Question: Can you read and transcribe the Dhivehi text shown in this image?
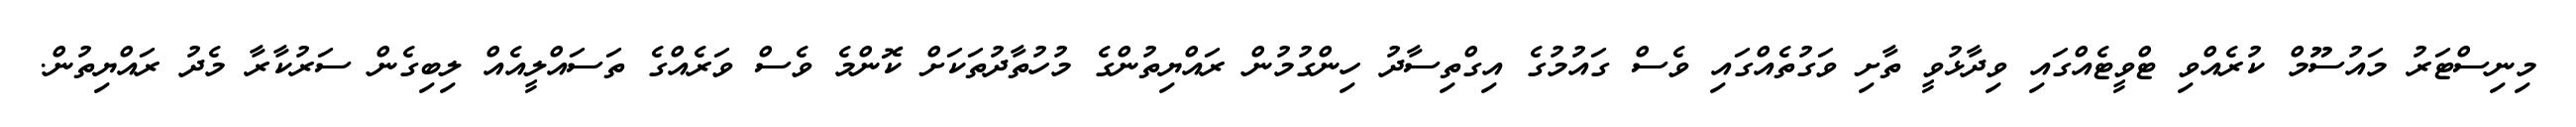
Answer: މިނިސްޓަރު މައުސޫމް ކުރެއްވި ޓްވީޓެއްގައި ވިދާޅުވީ ތާށި ވަގުތެއްގައި ވެސް ގައުމުގެ އިގްތިސާދު ހިންގުމުން ރައްޔިތުންގެ މުހުތާދުތަކަށް ކޮންމެ ވެސް ވަރެއްގެ ތަސައްލީއެއް ލިބިގެން ސަރުކާރާ މެދު ރައްޔިތުން.